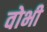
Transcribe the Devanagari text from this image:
वोभी